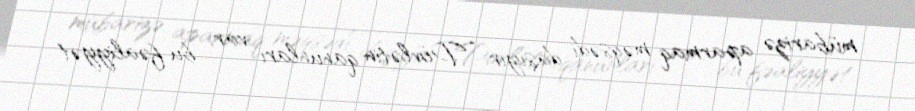
mübarizə aparmaq məqsədi daşıyır: “Dövlətin qanunları var, bu fəaliyyət